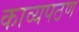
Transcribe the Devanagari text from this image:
काव्यपठण